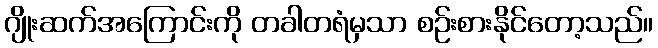
ဂျိုးဆက်အကြောင်းကို တခါတရံမှသာ စဉ်းစားနိုင်တော့သည်။